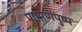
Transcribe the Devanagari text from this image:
पाषाणपुष्प